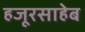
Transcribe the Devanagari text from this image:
हजूरसाहेब